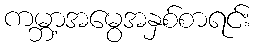
ကမ္ဘာ့အမွေအနှစ်စာရင်း